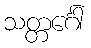
သတ္တင်္ဂေါ